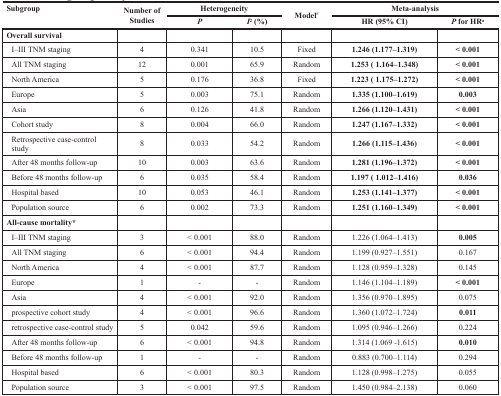
<table><thead><tr><td rowspan="2"><b>Subgroup</b></td><td rowspan="2"><b>Number of Studies</b></td><td colspan="2"><b>Heterogeneity</b></td><td rowspan="2"><b>Model<sup>#</sup></b></td><td colspan="2"><b>Meta-analysis</b></td></tr><tr><td><b><i>P</i></b></td><td><b><i>I</i><sup>2</sup>(%)</b></td><td><b>HR (95% CI)</b></td><td><b><i>P</i> for HR<sup>a</sup></b></td></tr></thead><tbody><tr><td><b>Overall survival</b></td><td></td><td></td><td></td><td></td><td></td><td></td></tr><tr><td>I–III TNM staging</td><td>4</td><td>0.341</td><td>10.5</td><td>Fixed</td><td><b>1.246 (1.177–1.319)</b></td><td><b>&lt; 0.001</b></td></tr><tr><td>All TNM staging</td><td>12</td><td>0.001</td><td>65.9</td><td>Random</td><td><b>1.253 ( 1.164–1.348)</b></td><td><b>&lt; 0.001</b></td></tr><tr><td>North America</td><td>5</td><td>0.176</td><td>36.8</td><td>Fixed</td><td><b>1.223 ( 1.175–1.272)</b></td><td><b>&lt; 0.001</b></td></tr><tr><td>Europe</td><td>5</td><td>0.003</td><td>75.1</td><td>Random</td><td><b>1.335 (1.100–1.619)</b></td><td><b>0.003</b></td></tr><tr><td>Asia</td><td>6</td><td>0.126</td><td>41.8</td><td>Random</td><td><b>1.266 (1.120–1.431)</b></td><td><b>&lt; 0.001</b></td></tr><tr><td>Cohort study</td><td>8</td><td>0.004</td><td>66.0</td><td>Random</td><td><b>1.247 (1.167–1.332)</b></td><td><b>&lt; 0.001</b></td></tr><tr><td>Retrospective case-control study</td><td>8</td><td>0.033</td><td>54.2</td><td>Random</td><td><b>1.266 (1.115–1.436)</b></td><td><b>&lt; 0.001</b></td></tr><tr><td>After 48 months follow-up</td><td>10</td><td>0.003</td><td>63.6</td><td>Random</td><td><b>1.281 (1.196–1.372)</b></td><td><b>&lt; 0.001</b></td></tr><tr><td>Before 48 months follow-up</td><td>6</td><td>0.035</td><td>58.4</td><td>Random</td><td><b>1.197 ( 1.012–1.416)</b></td><td><b>0.036</b></td></tr><tr><td>Hospital based</td><td>10</td><td>0.053</td><td>46.1</td><td>Random</td><td><b>1.253 (1.141–1.377)</b></td><td><b>&lt; 0.001</b></td></tr><tr><td>Population source</td><td>6</td><td>0.002</td><td>73.3</td><td>Random</td><td><b>1.251 (1.160–1.349)</b></td><td><b>&lt; 0.001</b></td></tr><tr><td><b>All-cause mortality*</b></td><td></td><td></td><td></td><td></td><td></td><td></td></tr><tr><td>I–III TNM staging</td><td>3</td><td>&lt; 0.001</td><td>88.0</td><td>Random</td><td>1.226 (1.064–1.413)</td><td><b>0.005</b></td></tr><tr><td>All TNM staging</td><td>6</td><td>&lt; 0.001</td><td>94.4</td><td>Random</td><td>1.199 (0.927–1.551)</td><td>0.167</td></tr><tr><td>North America</td><td>4</td><td>&lt; 0.001</td><td>87.7</td><td>Random</td><td>1.128 (0.959–1.328)</td><td>0.145</td></tr><tr><td>Europe</td><td>1</td><td>-</td><td>-</td><td>Random</td><td>1.146 (1.104–1.189)</td><td><b>&lt; 0.001</b></td></tr><tr><td>Asia</td><td>4</td><td>&lt; 0.001</td><td>92.0</td><td>Random</td><td>1.356 (0.970–1.895)</td><td>0.075</td></tr><tr><td>prospective cohort study</td><td>4</td><td>&lt; 0.001</td><td>96.6</td><td>Random</td><td>1.360 (1.072–1.724)</td><td><b>0.011</b></td></tr><tr><td>retrospective case-control study</td><td>5</td><td>0.042</td><td>59.6</td><td>Random</td><td>1.095 (0.946–1.266)</td><td>0.224</td></tr><tr><td>After 48 months follow-up</td><td>6</td><td>&lt; 0.001</td><td>94.8</td><td>Random</td><td>1.314 (1.069 -1.615)</td><td><b>0.010</b></td></tr><tr><td>Before 48 months follow-up</td><td>1</td><td>-</td><td>-</td><td>Random</td><td>0.883 (0.700–1.114)</td><td>0.294</td></tr><tr><td>Hospital based</td><td>6</td><td>&lt; 0.001</td><td>80.3</td><td>Random</td><td>1.128 (0.998–1.275)</td><td>0.055</td></tr><tr><td>Population source</td><td>3</td><td>&lt; 0.001</td><td>97.5</td><td>Random</td><td>1.450 (0.984–2.138)</td><td>0.060</td></tr></tbody></table>